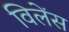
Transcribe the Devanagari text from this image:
विलेंस